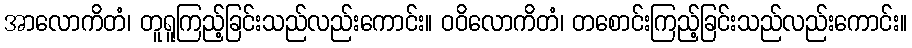
အာလောကိတံ၊ တူရူကြည့်ခြင်းသည်လည်းကောင်း။ ဝဝိလောကိတံ၊ တစောင်းကြည့်ခြင်းသည်လည်းကောင်း။